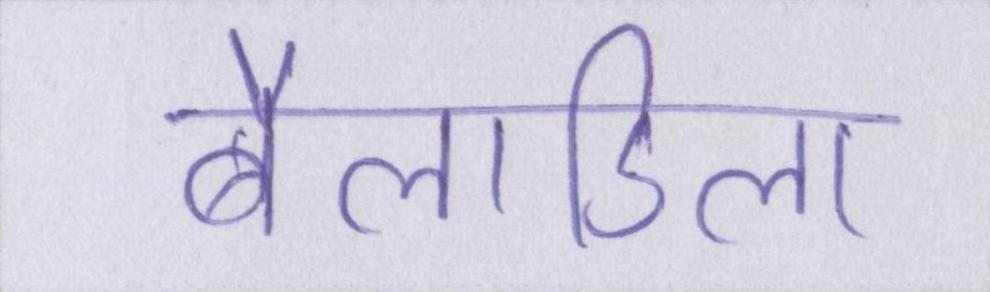
बैलाडिला